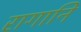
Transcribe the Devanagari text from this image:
रागानि